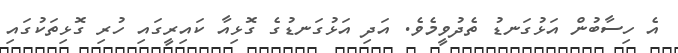
އެ ހިސާބުން އަޅުގަނޑު ތެދުވީމެވެ. އަދި އަޅުގަނޑުގެ ގޮޅިއާ ކައިރީގައި ހުރި ގޮޅިތަކުގައި